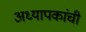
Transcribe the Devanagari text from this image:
अध्यापकांची